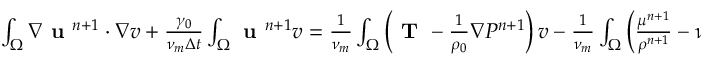
\begin{array} { r l } { \small } & { { } \int _ { \Omega } \nabla \textbf { u } ^ { n + 1 } \cdot \nabla v + \frac { \gamma _ { 0 } } { \nu _ { m } \Delta t } \int _ { \Omega } \textbf { u } ^ { n + 1 } v = \frac { 1 } { \nu _ { m } } \int _ { \Omega } \left( \textbf { T } - \frac { 1 } { \rho _ { 0 } } \nabla P ^ { n + 1 } \right) v - \frac { 1 } { \nu _ { m } } \int _ { \Omega } \left( \frac { \mu ^ { n + 1 } } { \rho ^ { n + 1 } } - \nu _ { m } \right) \boldsymbol { \omega } ^ { * , n + 1 } \times \nabla v } \end{array}